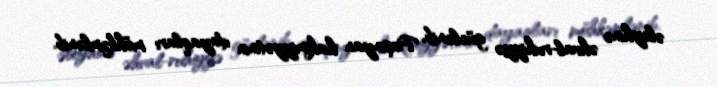
əleyhinə əhval-ruhiyyə güclənib, Paşinyan hakimiyyətinin dayaqları möhkəmlənib.